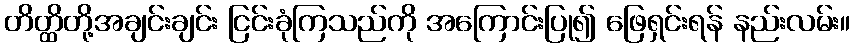
တိတ္ထိတို့အချင်းချင်း ငြင်းခုံကြသည်ကို အကြောင်းပြု၍ ဖြေရှင်းရန် နည်းလမ်း။